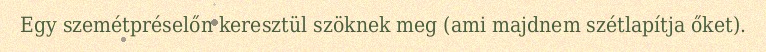
Egy szemétpréselőn keresztül szöknek meg (ami majdnem szétlapítja őket).